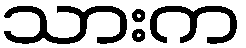
သားက